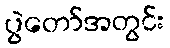
ပွဲတော်အတွင်း